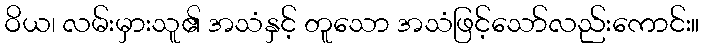
ဝိယ၊ လမ်းမှားသူ၏ အသံနှင့် တူသော အသံဖြင့်သော်လည်းကောင်း။